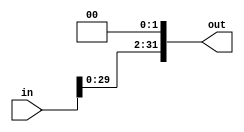
`timescale 1ns / 1ps
////////////////////////////////////////////////////////////////////////////////
// ECE369 - Computer Architecture
// Group Members: Alan Manuel Loreto Cornidez, Haseeb Sarwar Irfan, Chris William Bremser
// Effort: 1/3 each
// Module - ShiftLeft2.v
// Description - Sign extension module.
////////////////////////////////////////////////////////////////////////////////
module ShiftLeft2_32Bit(in, out);

    /* A 16-Bit input word */
    input [31:0] in;
    
    /* A 32-Bit output word */
    output reg [31:0] out;
    

    always @(*)
    begin
        out <= in << 2;
    end
    


endmodule